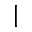
|